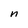
Character: n